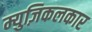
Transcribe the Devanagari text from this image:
म्युज़िकलकार